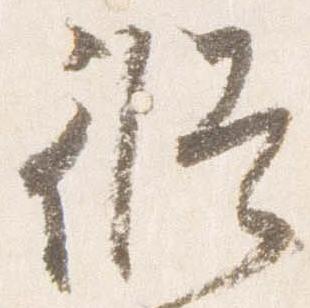
修